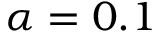
\alpha = 0 . 1